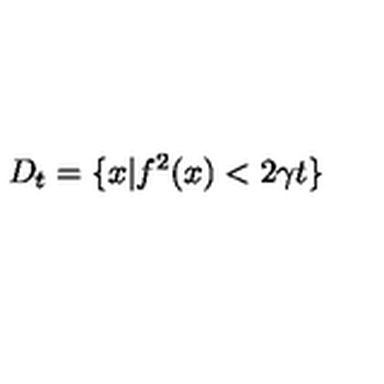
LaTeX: D _ { t } = \{ x | f ^ { 2 } ( x ) < 2 \gamma t \}